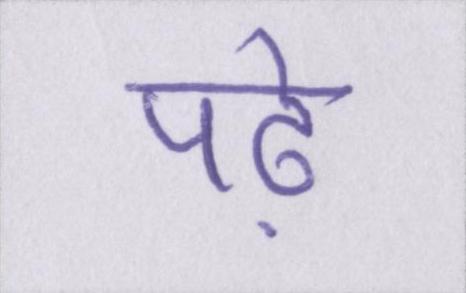
पढ़े